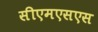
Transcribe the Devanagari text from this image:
सीएमएसएस